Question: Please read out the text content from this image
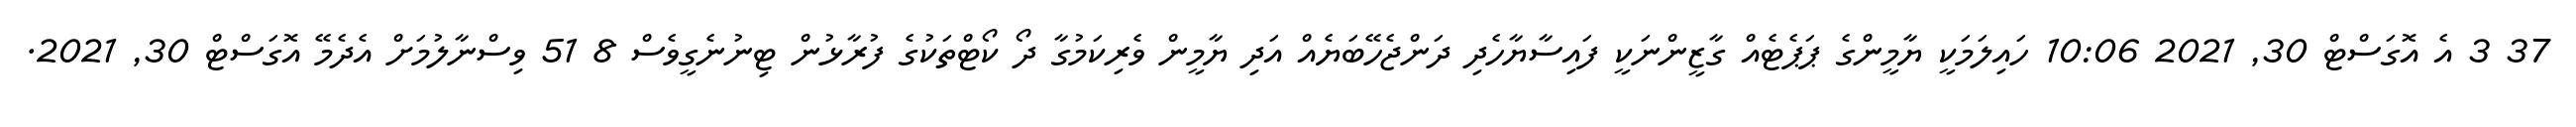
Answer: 37 3 އެ އޮގަސްޓް 30, 2021 10:06 ހައިލަމަކީ ޔާމީންގެ ޕަޕެޓެއް ގާޒީންނަކީ ފައިސާޔާހެދި ދަންޖެހޭބަޔެއް އަދި ޔާމީން ވެރިކަމުގާ ދޯ ކޯޓްތަކުގެ ފުރާޅުން ޓިނުނެގީވެސް 8 51 ވިސްނާލުމަށް އެދެމޭ އޮގަސްޓް 30, 2021.